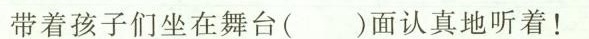
带着孩子们坐在舞台( )面认真地听着！